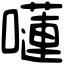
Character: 𡂴